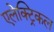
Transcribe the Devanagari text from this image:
एलेक्ट्रिकल